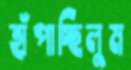
হাঁপাচ্ছিলুম